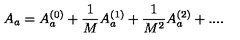
A _ { a } = A _ { a } ^ { ( 0 ) } + \frac { 1 } { M } A _ { a } ^ { ( 1 ) } + \frac { 1 } { M ^ { 2 } } A _ { a } ^ { ( 2 ) } + . . . .